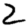
Digit: 2